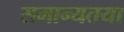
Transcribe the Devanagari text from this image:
समान्यतया